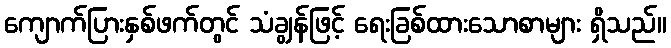
ကျောက်ပြားနှစ်ဖက်တွင် သံချွန်ဖြင့် ရေးခြစ်ထားသောစာများ ရှိသည်။